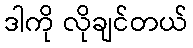
ဒါကို လိုချင်တယ်